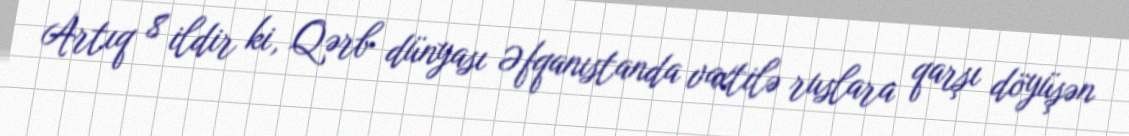
Artıq 8 ildir ki, Qərb dünyası Əfqanıstanda vaxtilə ruslara qarşı döyüşən